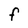
Character: F